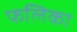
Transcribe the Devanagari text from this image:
फलिका